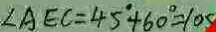
\angle A E C = 4 5 ^ { \circ } + 6 0 ^ { \circ } = 1 0 5